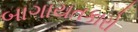
બાગાયતકારો